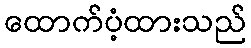
ထောက်ပံ့ထားသည်